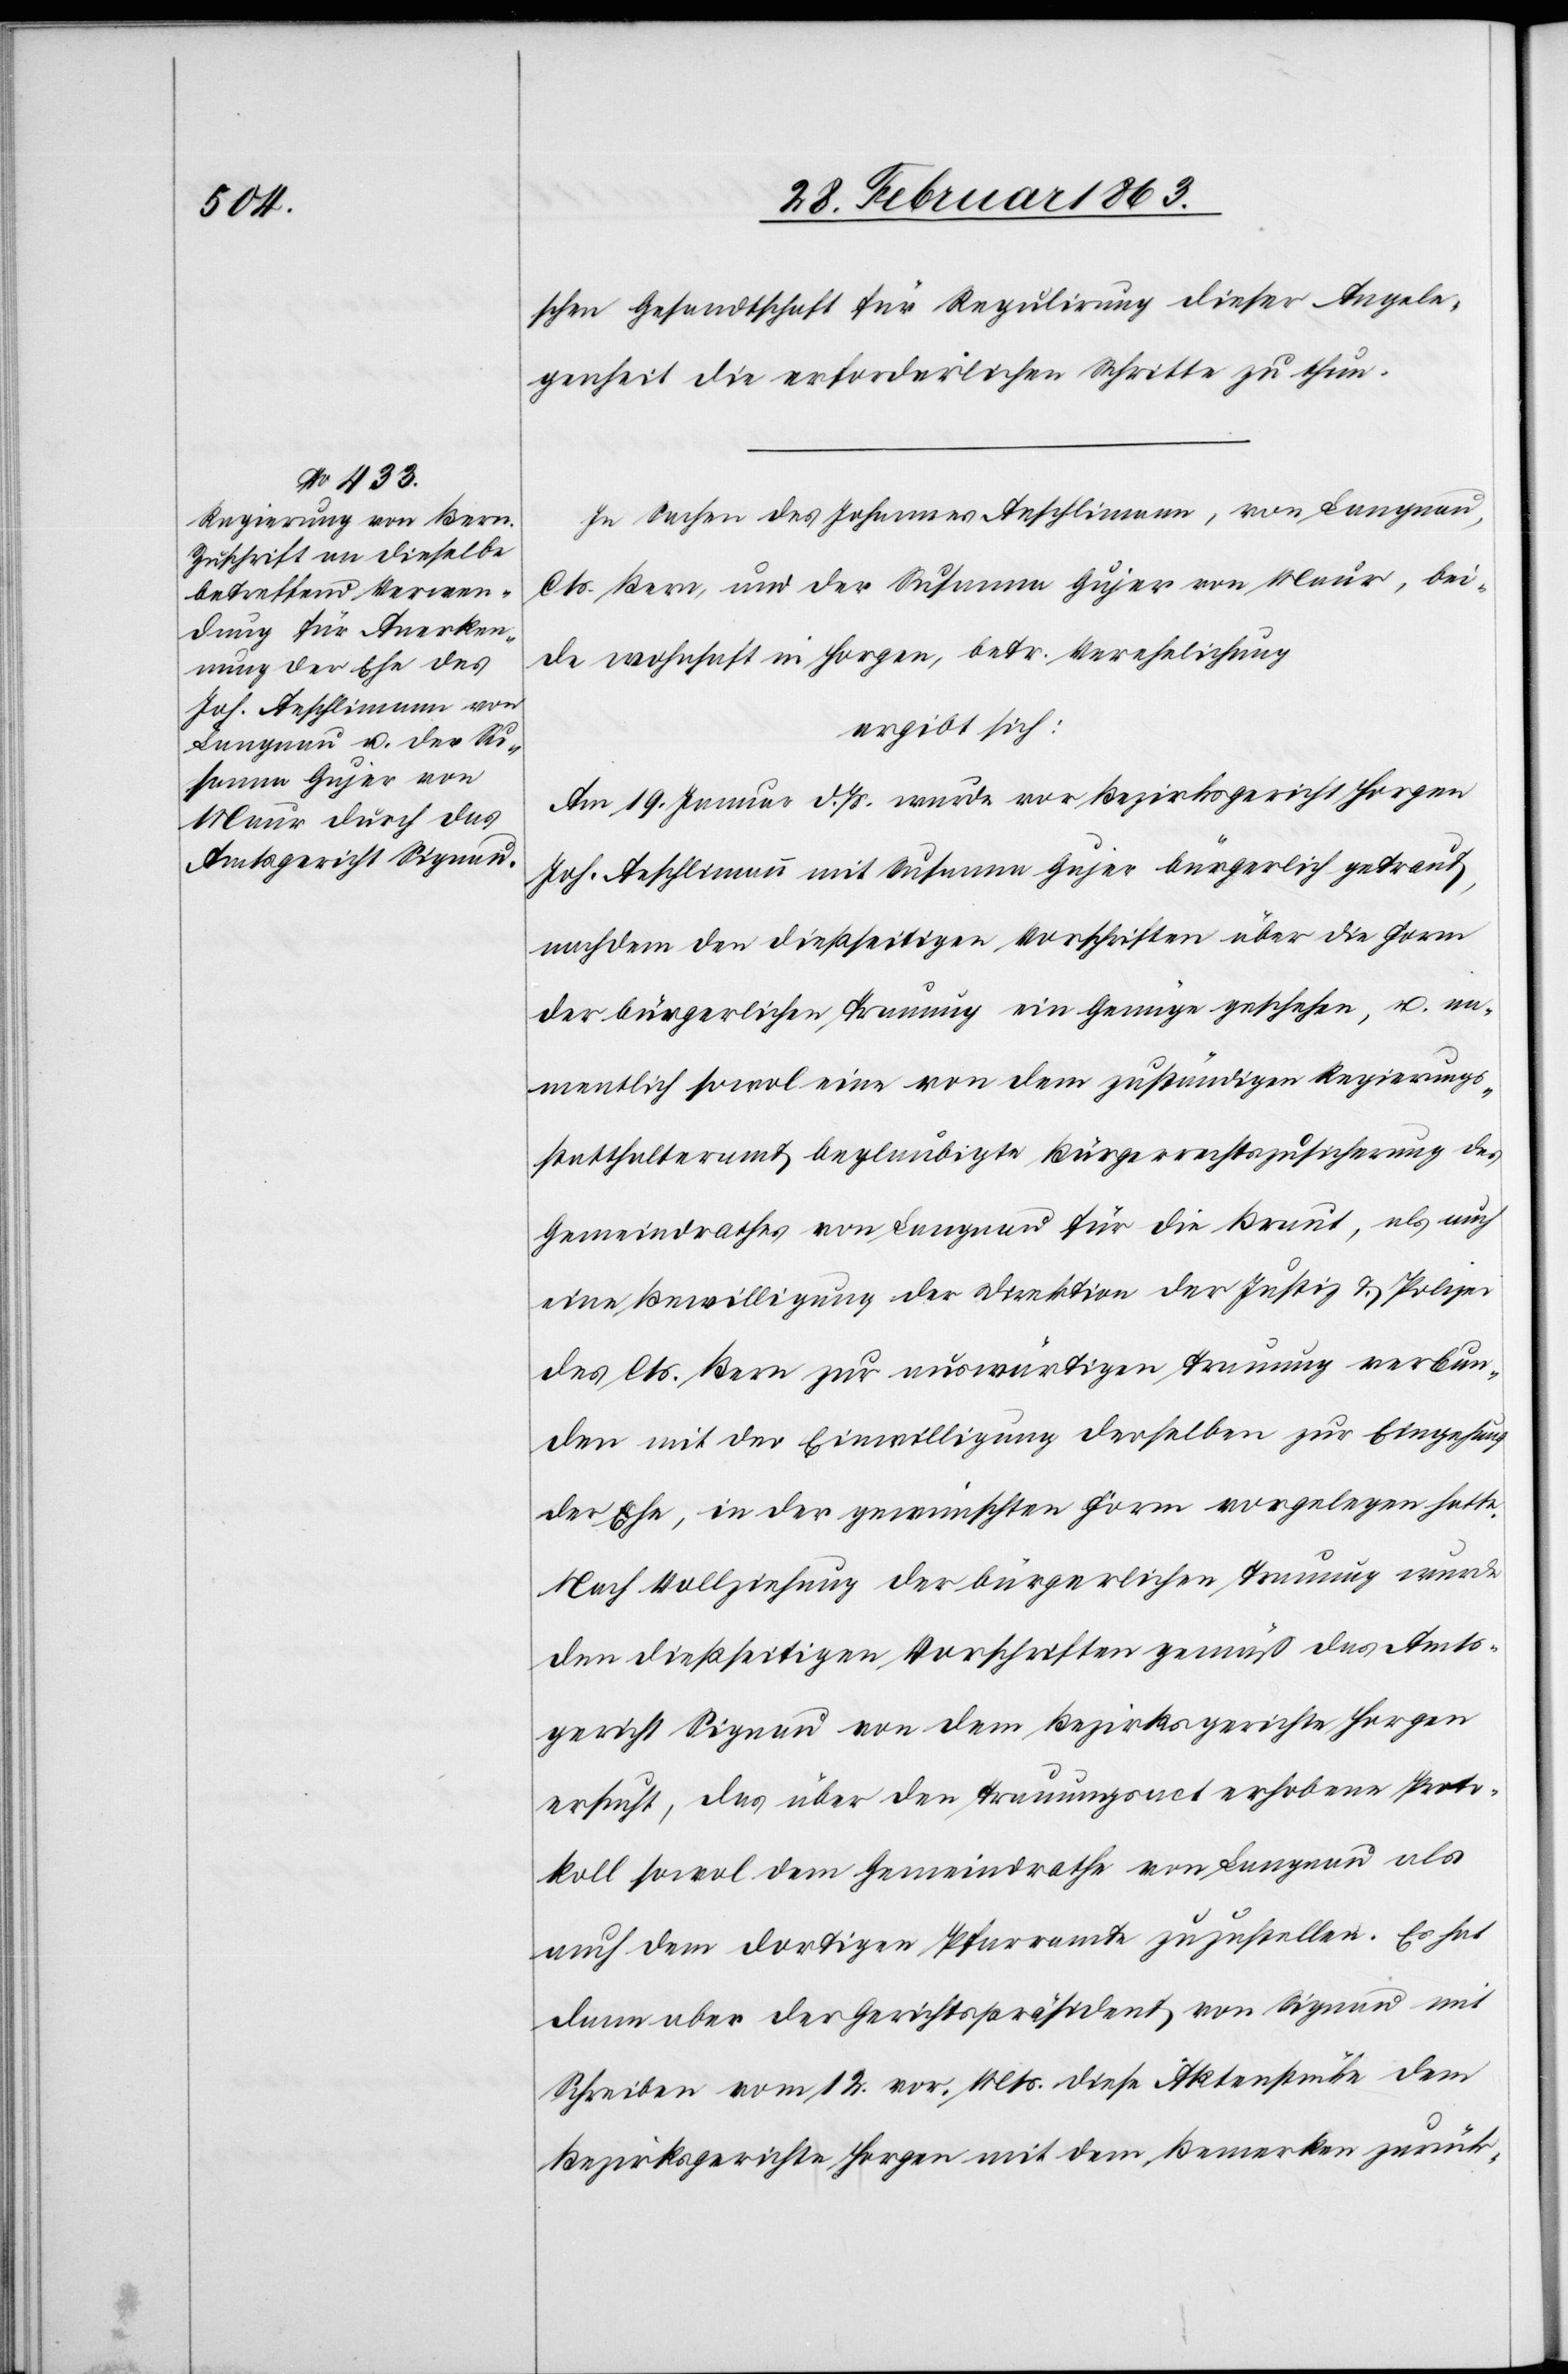
schen Gesandtschaft für Regulirung dieser Angele¬
genheit die erforderlichen Schritte zu thun.
In Sachen des Johannes Aeschlimann, von Langnau,
Cts. Bern, und der Susanna Gujer von Maur, bei¬
de wohnhaft in Horgen, betr. Verehelichung
ergibt sich:
Am 19. Januar d. Js. wurde vor Bezirksgericht Horgen
Joh. Aeschlimann mit Susanna Gujer bürgerlich getraut,
nachdem den dießseitigen Vorschriften über die Form
der bürgerlichen Trauung ein Genüge geschehen, u. na¬
mentlich sowol eine von dem zuständigen Regierungs¬
statthalteramt beglaubigte Bürgerrechtszusicherung des
Gemeindrathes von Langnau für die Braut, als auch
eine Bewilligung der Direktion der Justiz & Polizei
des Cts. Bern zur auswärtigen Trauung verbun¬
den mit der Einwilligung derselben zur Eingehung
der Ehe, in der gewünschten Form vorgelegen hatte.
Nach Vollziehung der bürgerlichen Trauung wurde
den dießseitigen Vorschriften gemäß das Amts¬
gericht Signau von dem Bezirksgerichte Horgen
ersucht, das über den Trauungsact erhobene Proto¬
koll sowol dem Gemeindrathe von Langnau als
auch dem dortigen Pfarramte zuzustellen. Es hat
dann aber der Gerichtspräsident von Signau mit
Schreiben vom 12. vor. Mts. diese Aktenstücke dem
Bezirksgerichte Horgen mit dem Bemerken zurück-